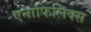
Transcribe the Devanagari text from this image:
एनाफिलिक्स